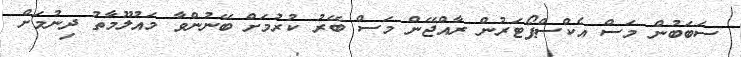
ސަބަބުން މަސް އެކްސްޕޯޓަރުން ރާއްޖޭން މަސް ބޭރު ކުރުމަށް ބޭނުންވާ މައުލޫމާތު ދިނުމަށް